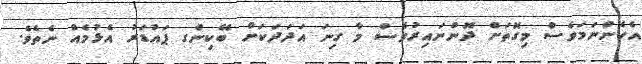
އެހެންނަމަވެސް މިގޮތަށް ދޮންނައިރުވެސް މާ ގިނަ އަދަދަކަށް ބޭކިންގ ޕައުޑަރު އެޅުމެއް ނެތެވެ.